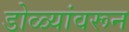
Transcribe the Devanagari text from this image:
डोळ्यांवरून